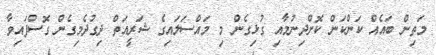
މަތިން ބައެއް ކަންކަން ކޮށްދިނުމާއި ގުޅިގެން މި މައްސަލައިގެ ޝަރީއަތް ދިގުދެމިގެން ގޮސްފައިވާ